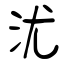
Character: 沋